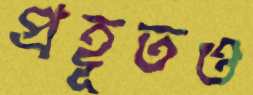
প্রহূতও